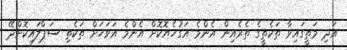
އަދި މަތީގައިވާ ތަކެތީގެ ތެރެއިން އެންމެ އަގުހެޔޮކޮށް އެންމެ އަވަހަށް ތަކެތި ސަޕްލައިކޮށްދޭ